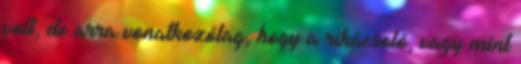
volt, de arra vonatkozólag, hogy a rikácsoló, vagy mint